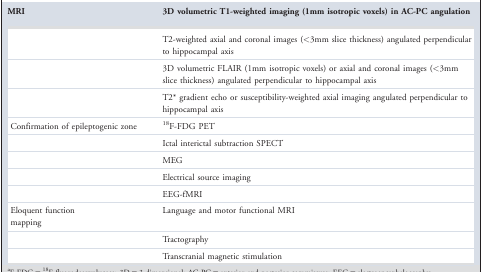
<table><thead><tr><td><b>MRI</b></td><td><b>3D volumetric T1‐weighted imaging (1mm isotropic voxels) in AC‐PC angulation</b></td></tr></thead><tbody><tr><td></td><td>T2‐weighted axial and coronal images (&lt;3mm slice thickness) angulated perpendicular to hippocampal axis</td></tr><tr><td></td><td>3D volumetric FLAIR (1mm isotropic voxels) or axial and coronal images (&lt;3mm slice thickness) angulated perpendicular to hippocampal axis</td></tr><tr><td></td><td>T2* gradient echo or susceptibility‐weighted axial imaging angulated perpendicular to hippocampal axis</td></tr><tr><td>Confirmation of epileptogenic zone</td><td><sup>18</sup>F‐FDG PET</td></tr><tr><td></td><td>Ictal interictal subtraction SPECT</td></tr><tr><td></td><td>MEG</td></tr><tr><td></td><td>Electrical source imaging</td></tr><tr><td></td><td>EEG‐fMRI</td></tr><tr><td>Eloquent function mapping</td><td>Language and motor functional MRI</td></tr><tr><td></td><td>Tractography</td></tr><tr><td></td><td>Transcranial magnetic stimulation</td></tr></tbody></table>